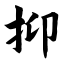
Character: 抑